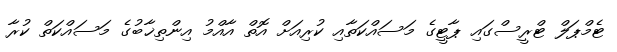
ޓެމްޕަލް ޓްރީސްގައި ޕާޓީގެ މަސައްކަތާއި ކުރިއަށް އޮތް އާއްމު އިންތިޚާބުގެ މަސައްކަތް ކުރާ